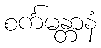
စင်္ကမန္တာနံ